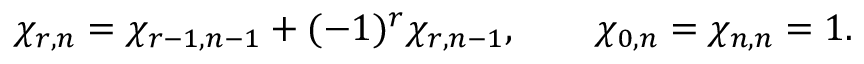
\chi _ { r , n } = \chi _ { r - 1 , n - 1 } + ( - 1 ) ^ { r } \chi _ { r , n - 1 } , \qquad \chi _ { 0 , n } = \chi _ { n , n } = 1 .